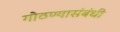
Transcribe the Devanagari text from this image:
गोठण्यासंबंधी